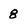
Character: 8